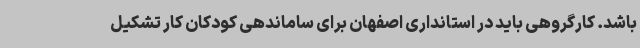
باشد. کارگروهی باید در استانداری اصفهان برای ساماندهی کودکان کار تشکیل